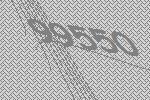
99550